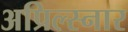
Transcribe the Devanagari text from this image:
अप्रिल्स्नार